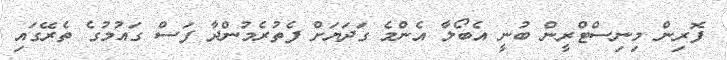
ފޮރިން މިނިސްޓްރީން ބުނީ އެބޯލާ އެންމެ ގަދަޔަށް ފެތުރެމުންދާ ފަސް ގައުމުގެ ތެރޭގައި